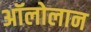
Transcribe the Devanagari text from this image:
अॉलोलान